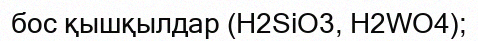
бос қышқылдар (H2SіO3, H2WO4);